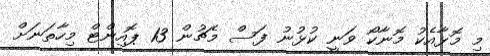
މި މޮޅާއެކު މޮނާކޯ ވަނީ ކުޅުނު ފަސް މެޗުން 13 ޕޮއިންޓް މިހާތަނަށް